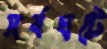
সর্বঘটে